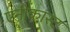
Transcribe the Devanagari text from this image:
एनीकास्ट